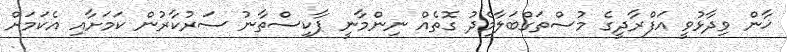
ޚާން ވިދާޅުވީ އަފްރާދީގެ މުސްތަގްބަލާމެދު ގޮތެއް ނިންމާނީ ޕާކިސްތާނު ސަރުކާރުން ކަމަށާއި އެކަމަށް